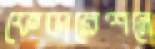
ফেডারেশনে